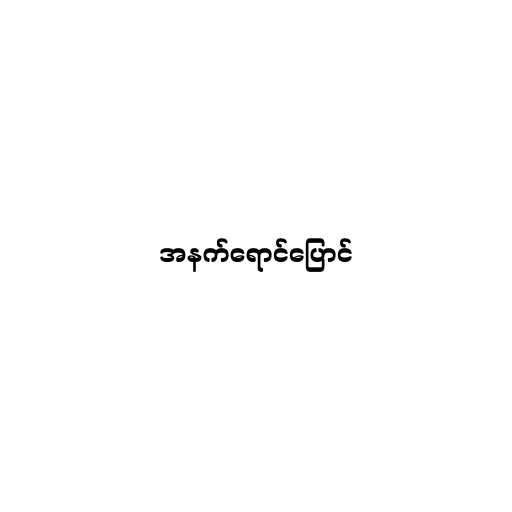
အနက်ရောင်ပြောင်